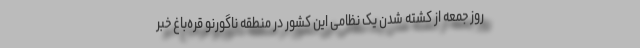
روز جمعه از کشته شدن یک نظامی این کشور در منطقه ناگورنو قره‌باغ خبر